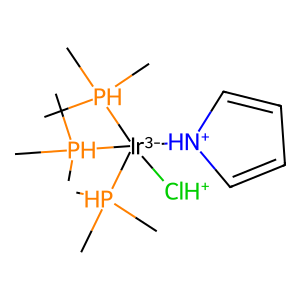
SMILES: C[PH](C)(C)[Ir-3]([ClH+])([NH+]1C=CC=C1)([PH](C)(C)C)[PH](C)(C)C
Inhibits HIV replication: No